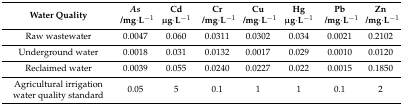
<table><thead><tr><td><b>Water Quality</b></td><td><b><i>As</i>/mg·L<sup>−1</sup></b></td><td><b>Cdμg·L<sup>−1</sup></b></td><td><b>Cr/mg·L<sup>−1</sup></b></td><td><b>Cu/mg·L<sup>−1</sup></b></td><td><b>Hgμg·L<sup>−1</sup></b></td><td><b>Pb/mg·L<sup>−1</sup></b></td><td><b>Zn/mg·L<sup>−1</sup></b></td></tr></thead><tbody><tr><td>Raw wastewater</td><td>0.0047</td><td>0.060</td><td>0.0311</td><td>0.0302</td><td>0.034</td><td>0.0021</td><td>0.2102</td></tr><tr><td>Underground water</td><td>0.0018</td><td>0.031</td><td>0.0132</td><td>0.0017</td><td>0.029</td><td>0.0010</td><td>0.0120</td></tr><tr><td>Reclaimed water</td><td>0.0039</td><td>0.055</td><td>0.0240</td><td>0.0227</td><td>0.022</td><td>0.0015</td><td>0.1850</td></tr><tr><td>Agricultural irrigation water quality standard</td><td>0.05</td><td>5</td><td>0.1</td><td>1</td><td>1</td><td>0.1</td><td>2</td></tr></tbody></table>